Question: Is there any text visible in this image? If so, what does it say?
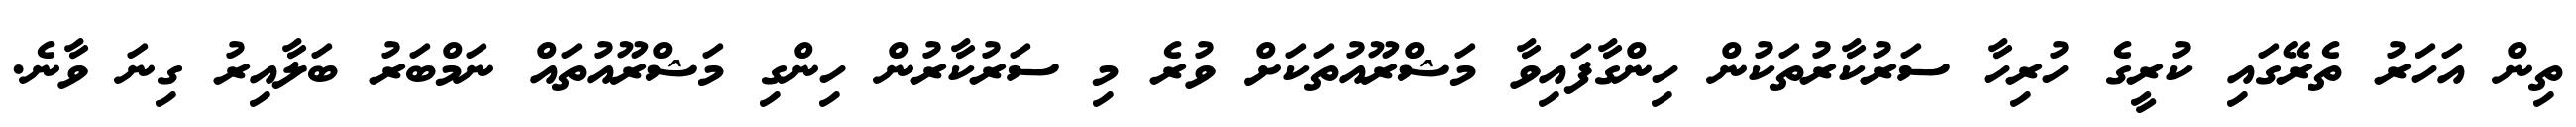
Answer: ތިން އަހަރު ތެރޭގައި ކުރީގެ ހުރިހާ ސަރުކާރުތަކުން ހިންގާފައިވާ މަޝްރޫއުތަކަށް ވުރެ މި ސަރުކާރުން ހިންގި މަޝްރޫއުތައް ނަމްބަރު ބަލާއިރު ގިނަ ވާނެ.